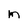
Character: M